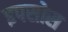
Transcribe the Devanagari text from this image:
इपसोस